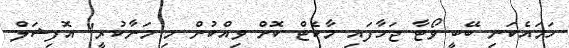
ހަމައެކަނި ބޭބީ ވޯޓާ ޖަހާފައި މާކެޓް ކޮށް ވިއްކުން މި މަނާކުރީ" އޮފިޝަލް